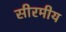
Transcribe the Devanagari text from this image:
सीरमीय